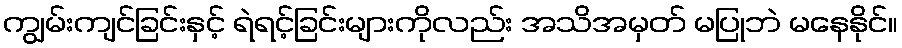
ကျွမ်းကျင်ခြင်းနှင့် ရဲရင့်ခြင်းများကိုလည်း အသိအမှတ် မပြုဘဲ မနေနိုင်။